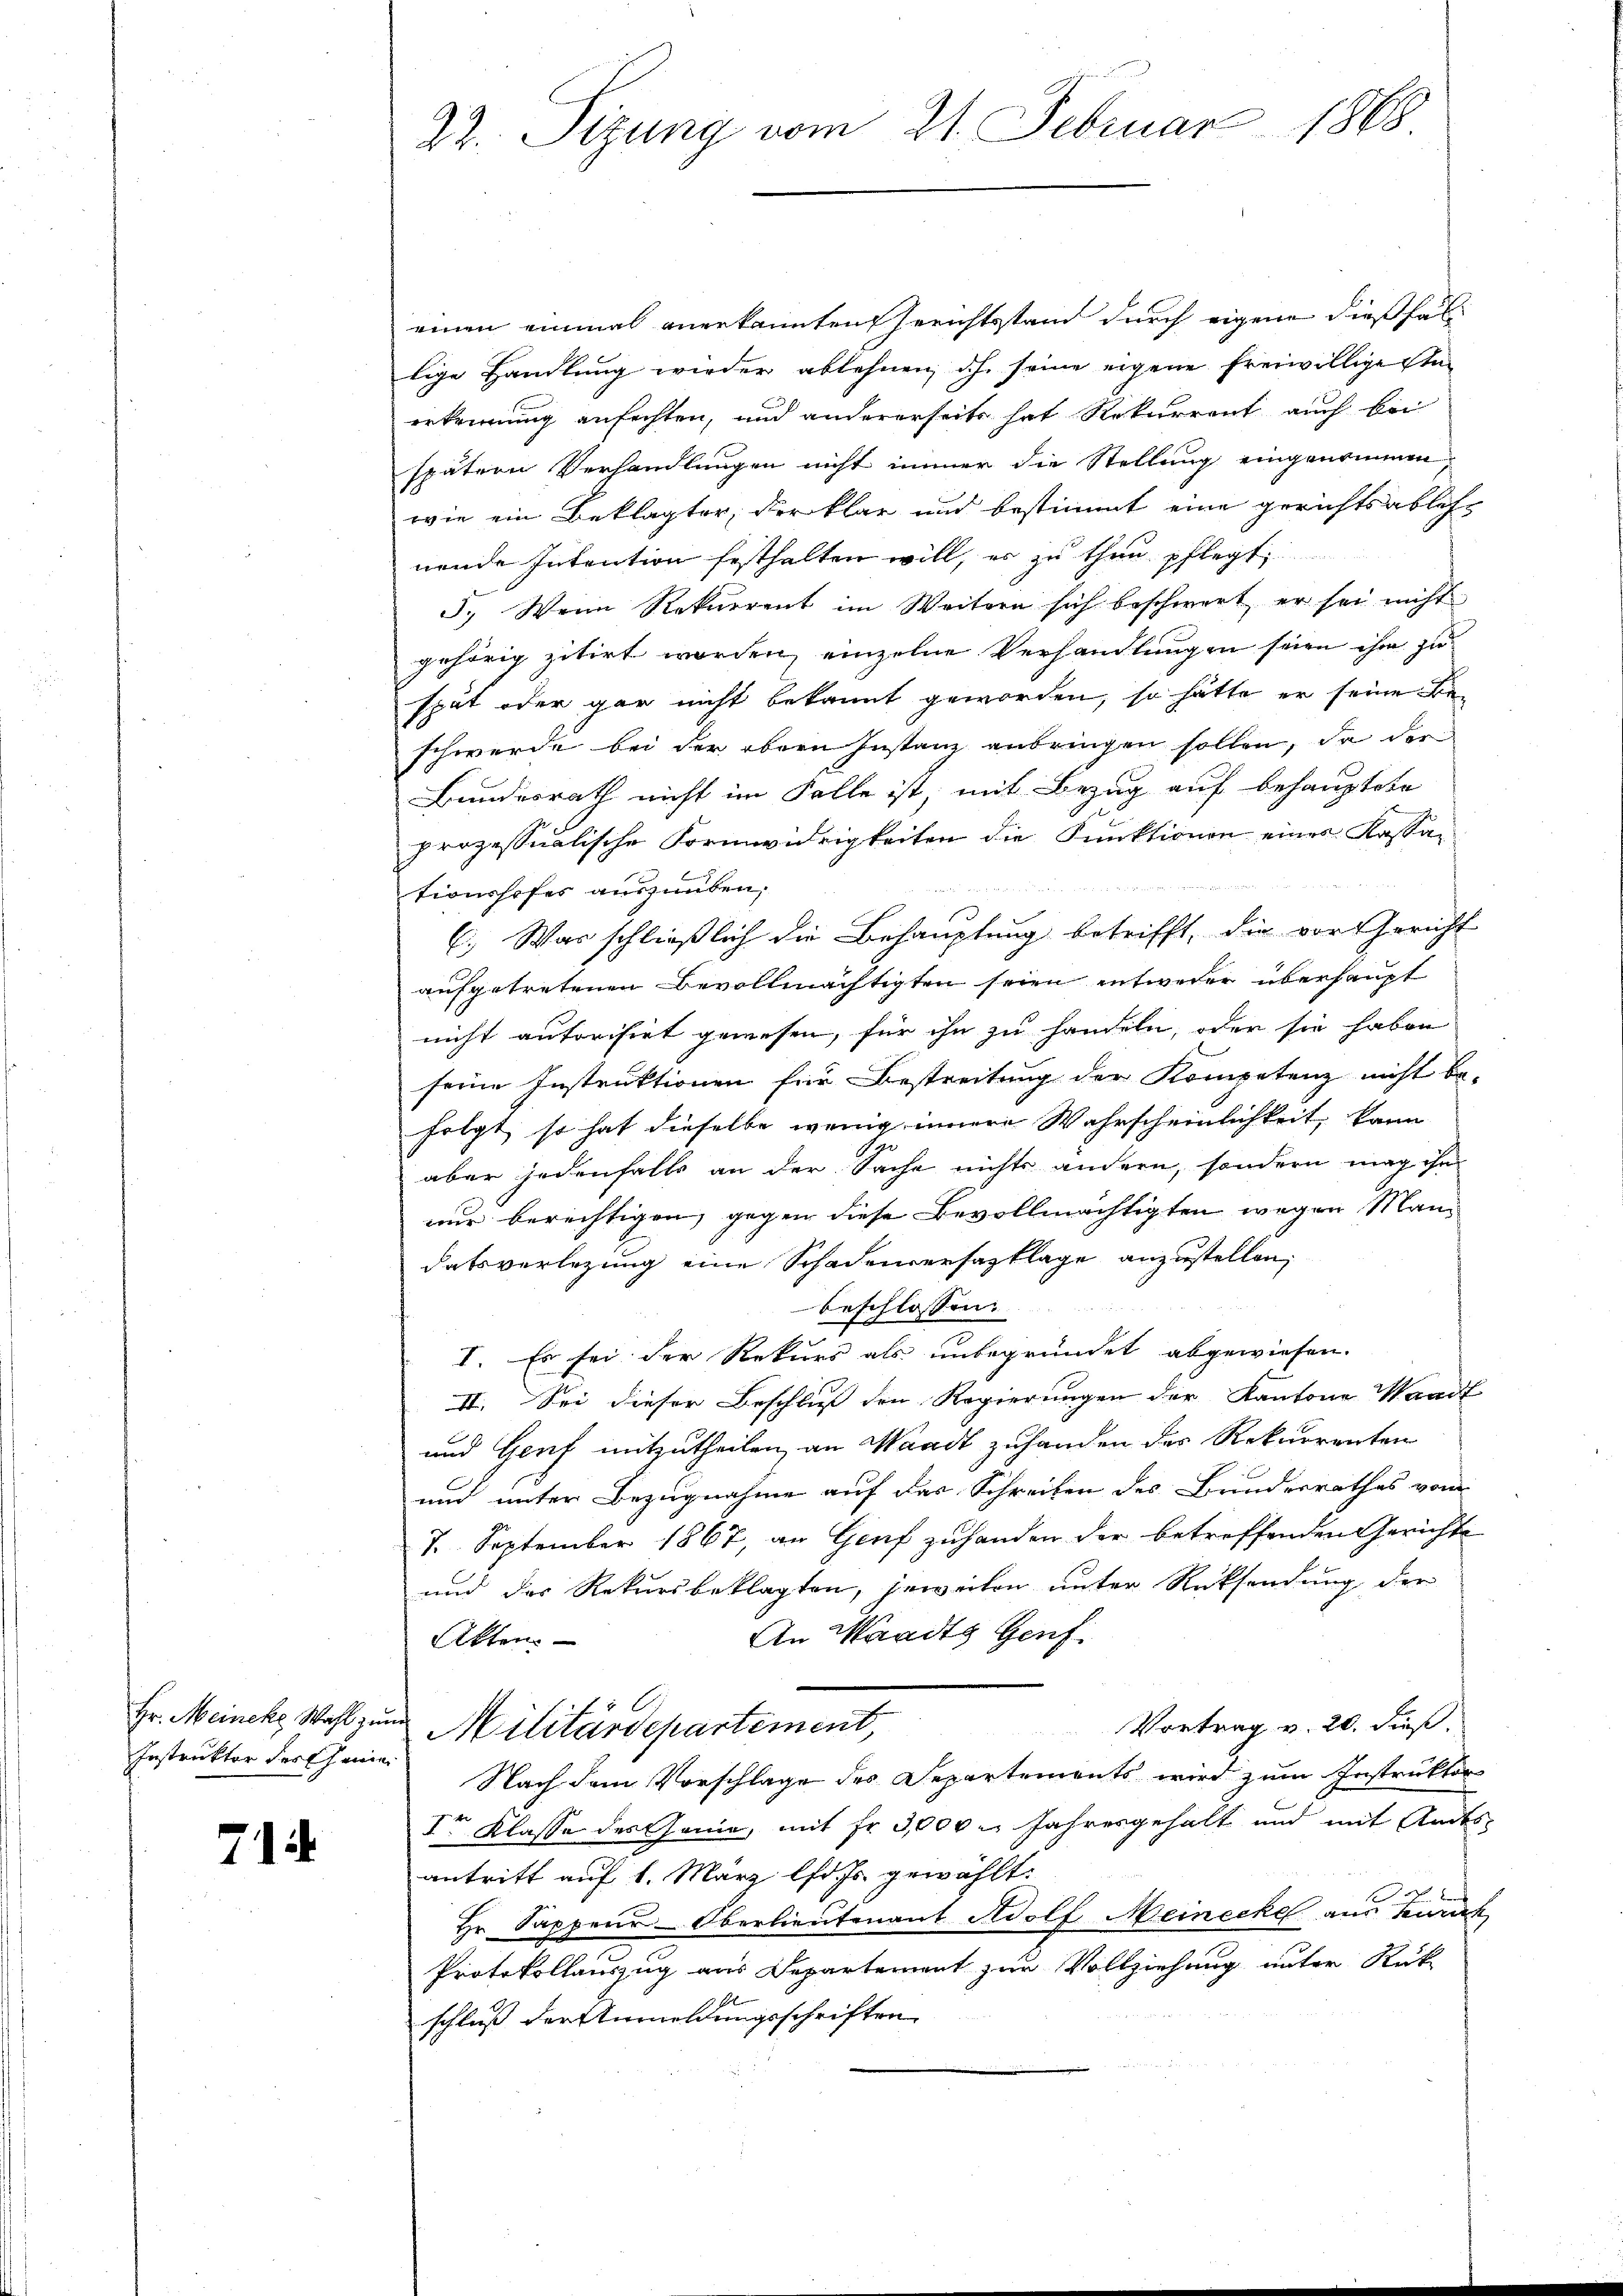
Instruktor der seine

7

22. Sizung vom 21. Februar 1868

einen einmal anerkannten Gerichtsstand durch eigene dießfällige Handlung wieder ablehnen, dh. seine eigene freiwilligesten
erkennung anfechten, und andererseits hat Rekurrent auch bei
spätern Verhandlungen nicht immer die Stellung eingenommen,
wie ein Beklagter, der klar und bestimmt eine gerichtsabless
nende Intention festhalten will, er zu thun pflegt,
5. Wenn Rekurrent im Weitern sich beschwert, er sei nicht
gehörig zitirt worden, einzelne Verhandlungen seien ihm zuspät oder gar nicht bekannt geworden, so hätte er seine Be-
schwerde bei der obern Instanz anbringen sollen, da der
Bundesrath nicht im Falle ist, mit Bezug auf behauptete
prozessualische Formwidrigkeiten die Funktionen eines Kassationshofes auszuüben;
C. Was schließlich die Behauptung betrifft, die vor Gericht
aufgetretenen Bevollmächtigten seien entweder überhaupt
nicht autorisirt gewesen, für ihn zu handeln, oder sie haben
seine Instruktionen für Bestreitung der Kompetenz nicht be-
folgt, so hat dieselbe wenig innere Wahrscheinlichkeit, kann
aber jedenfalls an der Sache nichts andern, sondern mag ihn
nur berechtigen, gegen diese Bevollmächtigten wegen Mandatsverlegung eine Schadenversatzklage anzustellen,
beschlossen:
u
I. Es sei der Rekurs als unbegründet abgewiesen.
II. Sei dieser Beschluß den Regierungen der Kantone Waadt
und Genf mitzutheilen an Waadt zuhanden der Rekurrenten
und unter Bezugnahme auf das Schreiben des Bundesrathes vom
7. September 1867, an Genf zuhanden der betreffenden Gerichte
und der Rekursbeklagten, jeweiten unter Rücksendung der
An Waadts Genf
Akten.
Hr. Meincke Wahl zum Militärdepartement,
Vortrag v. 20. dieß.
Nach dem Vorschlage des Departements wird zum Instruktor
1r Klasse des Ganie, mit fr. 3000 Jahresgehalt und mit Andes
antritt auf 1. März lfd. Js. gewählt:
Hr. Sappeur-Oberlieutenant Adolf Meinecke aus Furch
Protokollauszug aus Departement zur Vollziehung unter Rück
schluß der Anmeldungsschriften